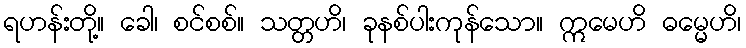
ရဟန်းတို့။ ခေါ၊ စင်စစ်။ သတ္တဟိ၊ ခုနစ်ပါးကုန်သော။ ဣမေဟိ ဓမ္မေဟိ၊